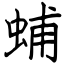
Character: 蜅